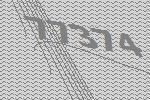
77374